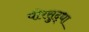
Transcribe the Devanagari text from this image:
पीरसुद्धा